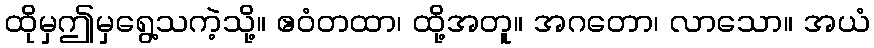
ထိုမှဤမှရွေ့သကဲ့သို့။ ဧဝံတထာ၊ ထို့အတူ။ အဂတော၊ လာသော။ အယံ